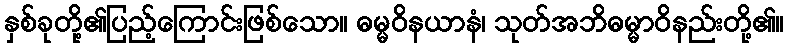
နှစ်ခုတို့၏ပြည့်ကြောင်းဖြစ်သော။ ဓမ္မဝိနယာနံ၊ သုတ်အဘိဓမ္မာဝိနည်းတို့၏။